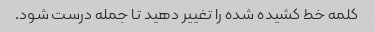
کلمه خط کشیده شده را تغییر دهید تا جمله درست شود.